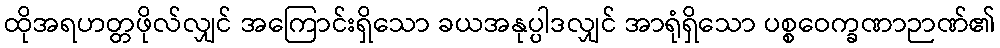
ထိုအရဟတ္တဖိုလ်လျှင် အကြောင်းရှိသော ခယအနုပ္ပါဒလျှင် အာရုံရှိသော ပစ္စဝေက္ခဏာဉာဏ်၏